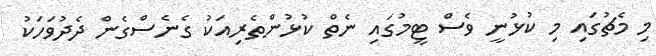
މި މެޗުގައި މި ކުޅުނީ ވެސް ޓީމުގައި ނެތް ކުޅުންތެރިއަކު ގެނެސްގެން ދެދުވަހަކު